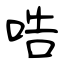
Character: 哠